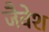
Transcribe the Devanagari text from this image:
जैवेश